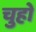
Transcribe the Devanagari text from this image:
चुहो